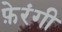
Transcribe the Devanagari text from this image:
फ़ेरंगी